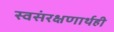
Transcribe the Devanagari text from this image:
स्वसंरक्षणार्थही